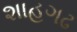
શાહગઢ